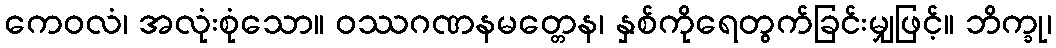
ကေဝလံ၊ အလုံးစုံသော။ ဝဿဂဏနမတ္တေန၊ နှစ်ကိုရေတွက်ခြင်းမျှဖြင့်။ ဘိက္ခု၊